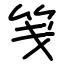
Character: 笺